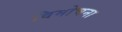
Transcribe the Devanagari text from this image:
विमोचना